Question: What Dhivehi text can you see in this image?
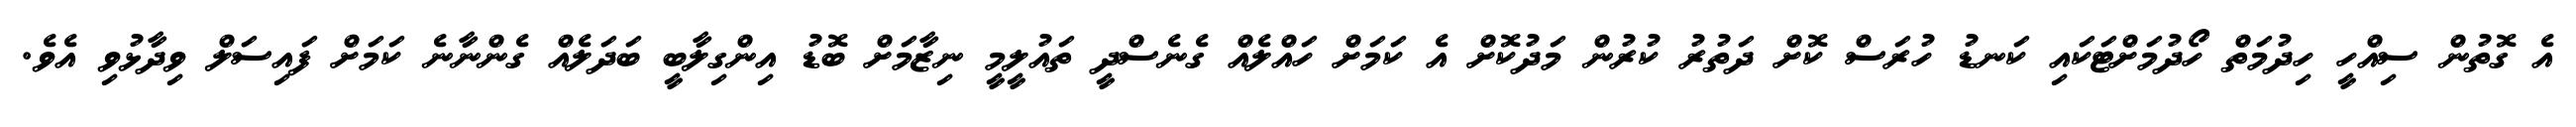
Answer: އެ ގޮތުން ސިއްހީ ހިދުމަތް ހޯދުމަށްޓަކައި ކަނޑު ހުރަސް ކޮށް ދަތުރު ކުރުން މަދުކޮށް އެ ކަމަށް ހައްލެއް ގެނެސްދީ ތައުލީމީ ނިޒާމަށް ބޮޑު އިންގިލާބީ ބަދަލެއް ގެންނާނެ ކަމަށް ފައިސަލް ވިދާޅުވި އެވެ.